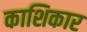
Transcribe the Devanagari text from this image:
काशिकार